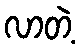
လာတဲ့